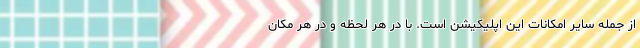
از جمله سایر امکانات این اپلیکیشن است. با در هر لحظه و در هر مکان